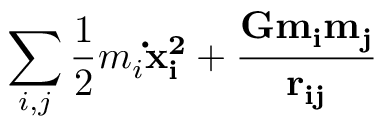
\sum _ { i , j } \frac { 1 } { 2 } m _ { i } \bf \dot { x } _ { i } ^ { 2 } + \frac { G m _ { i } m _ { j } } { r _ { i j } }